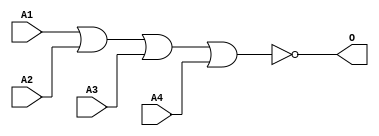
module JNOR4C(A1, A2, A3, A4, O);
input   A1;
input   A2;
input   A3;
input   A4;
output  O;
nor g0(O, A1, A2, A3, A4);
endmodule